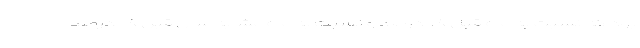
بود که نسبت به ماه قبل ۱.۸ درصد و نسبت به ماه مشابه سال قبل ۱۱۸ درصد